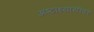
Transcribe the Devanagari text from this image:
अष्टाध्यायीवर